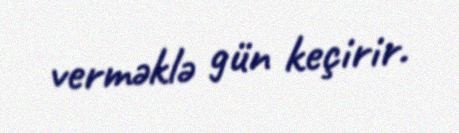
verməklə gün keçirir.